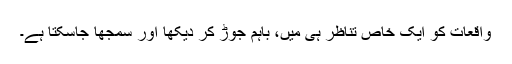
واقعات کو ایک خاص تناظر ہی میں، باہم جوڑ کر دیکھا اور سمجھا جاسکتا ہے۔